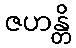
ဇဟန္တိ